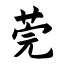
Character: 莞